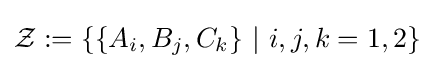
{\mathcal {Z}}:=\{\{A_{i},B_{j},C_{k}\}\ |\ i,j,k=1,2\}\